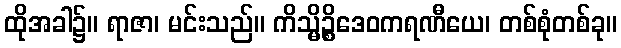
ထိုအခါ၌။ ရာဇာ၊ မင်းသည်။ ကိသ္မိဉ္စိဒေဝကရဏီယေ၊ တစ်စုံတစ်ခု။